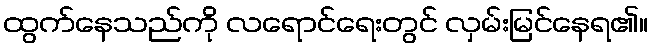
ထွက်နေသည်ကို လရောင်ရေးတွင် လှမ်းမြင်နေရ၏။